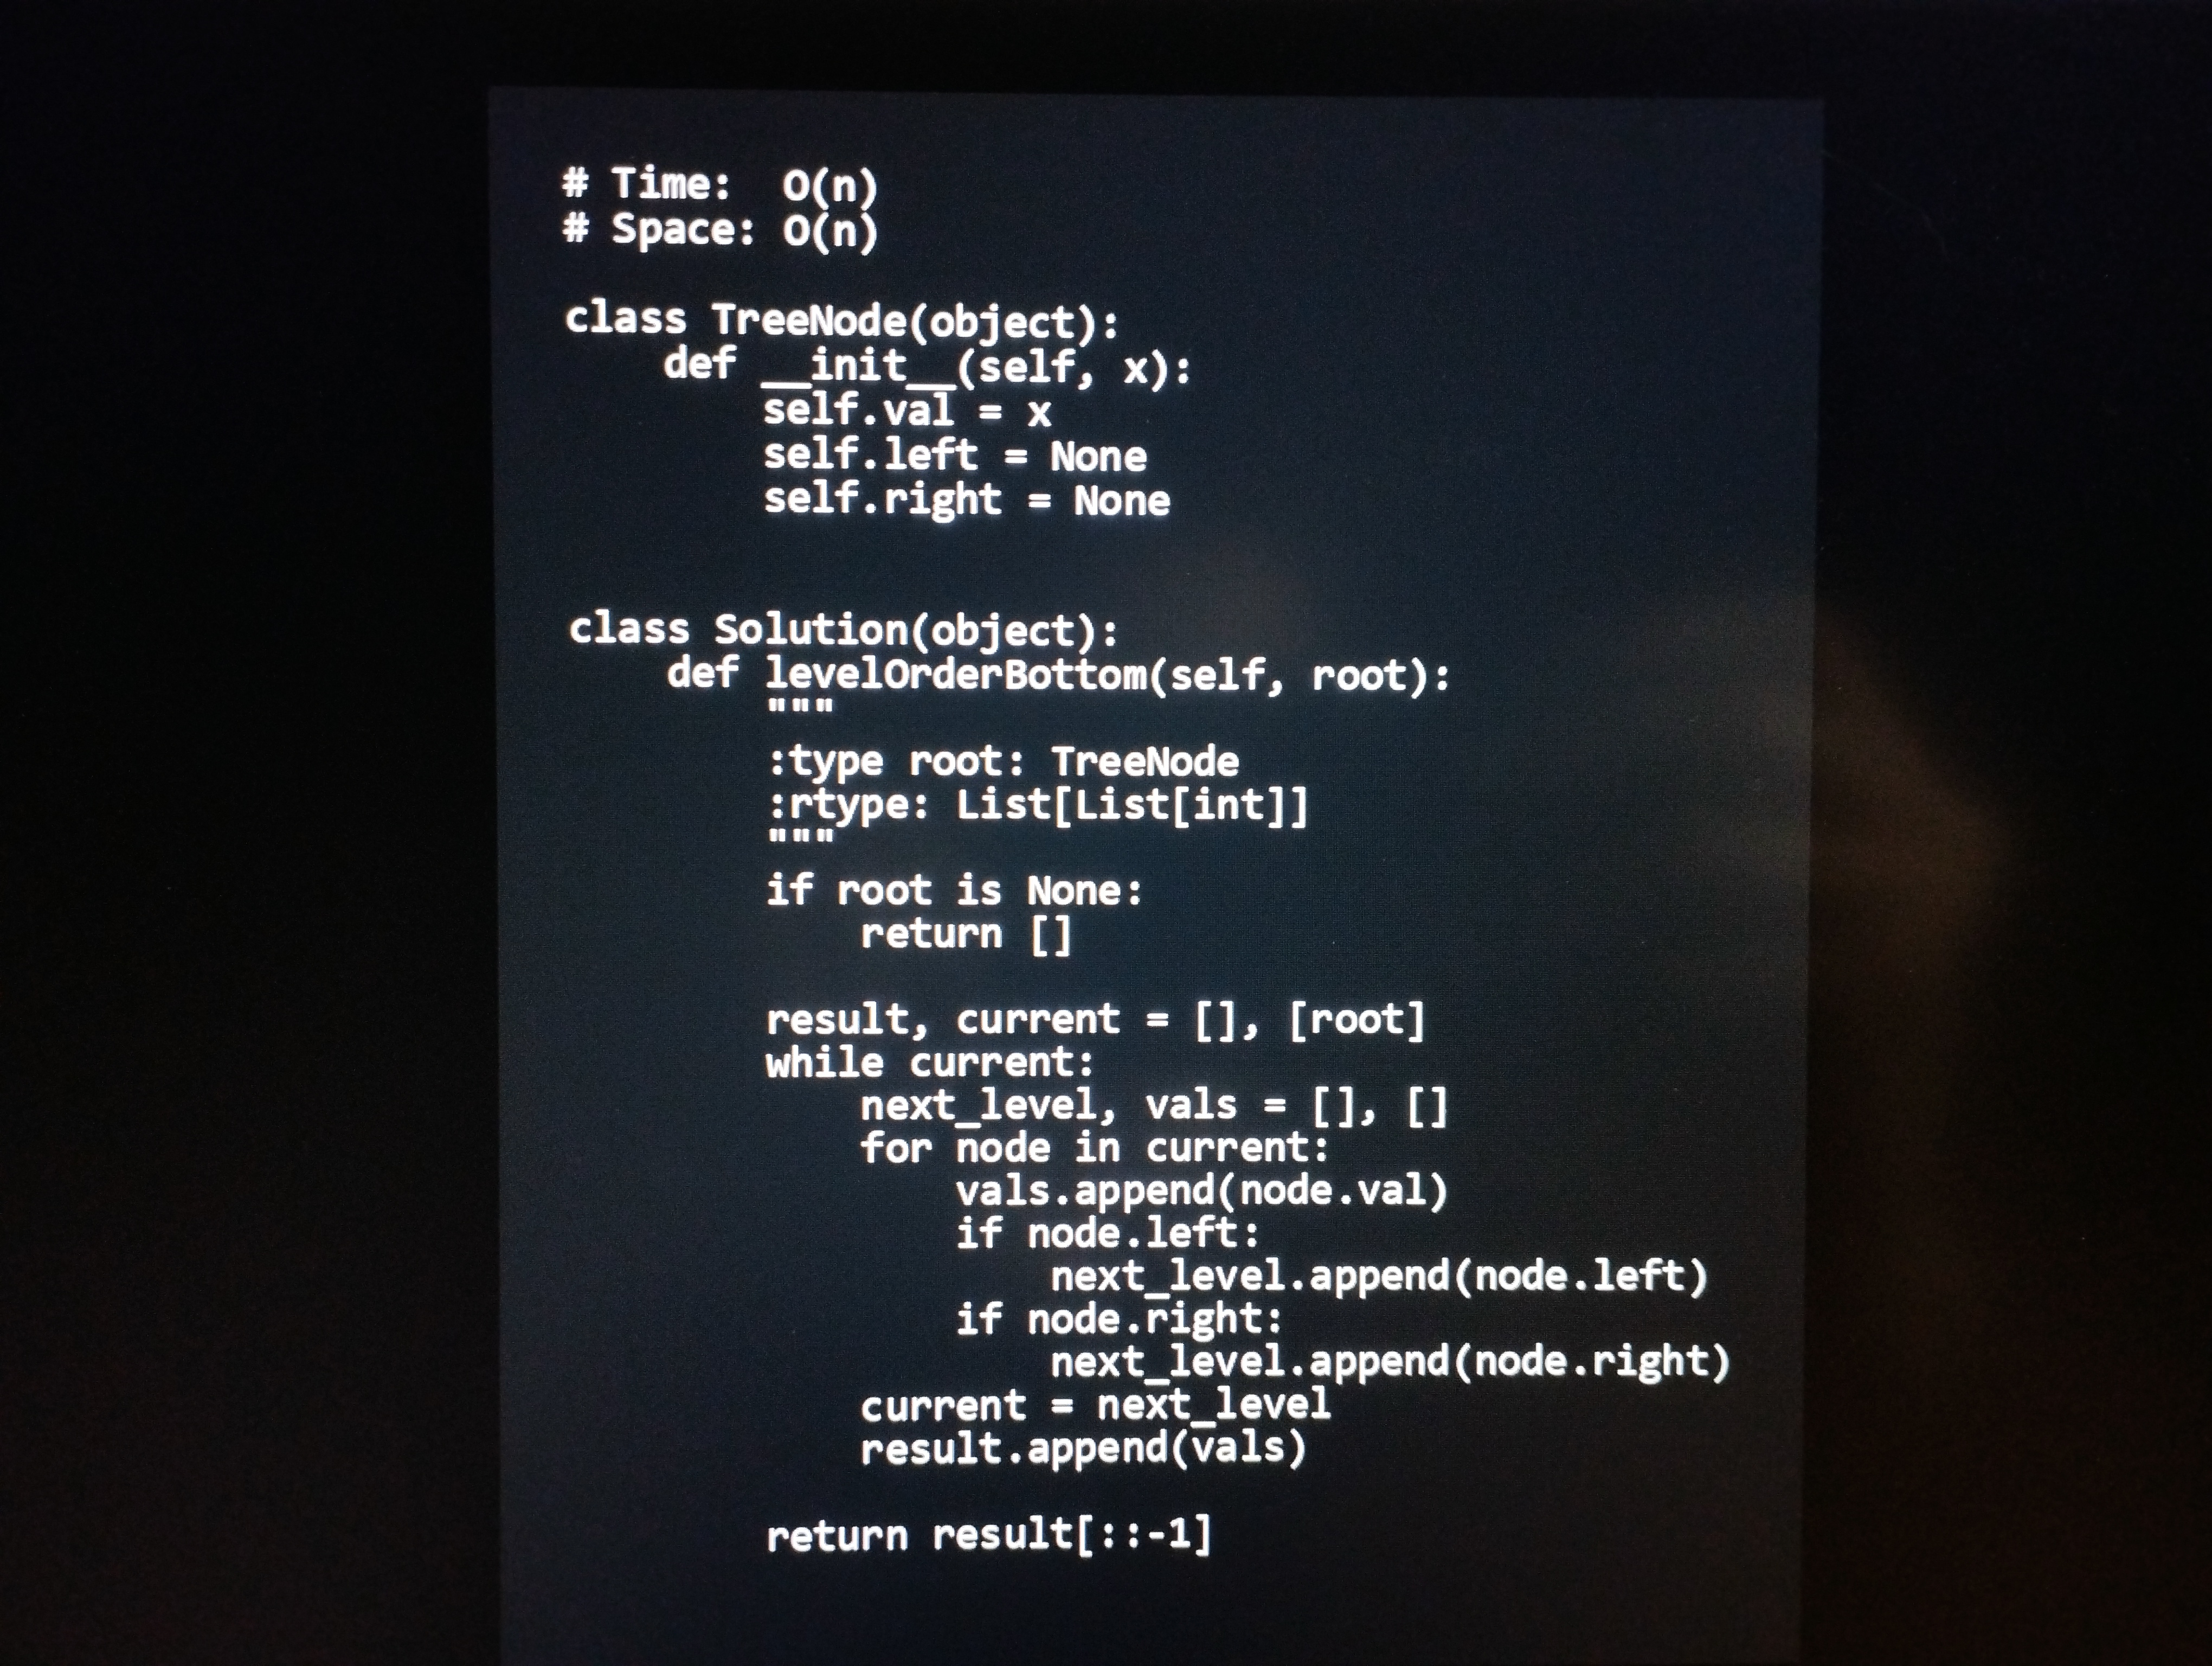
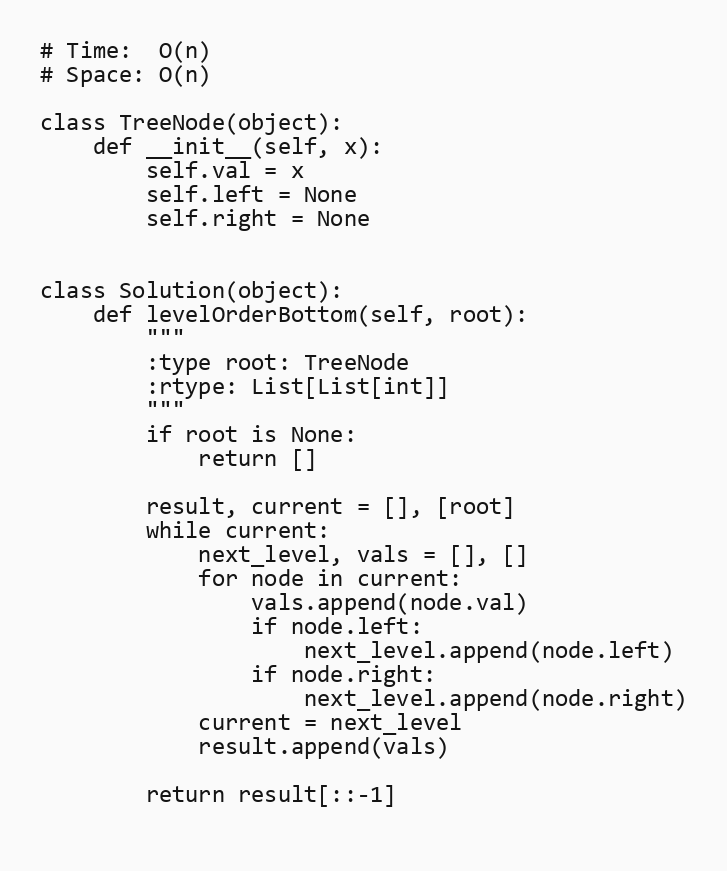
# Time:  O(n)
# Space: O(n)

class TreeNode(object):
    def __init__(self, x):
        self.val = x
        self.left = None
        self.right = None

class Solution(object):
    def levelOrderBottom(self, root):
        """
        :type root: TreeNode
        :rtype: List[List[int]]
        """
        if root is None:
            return []

        result, current = [], [root]
        while current:
            next_level, vals = [], []
            for node in current:
                vals.append(node.val)
                if node.left:
                    next_level.append(node.left)
                if node.right:
                    next_level.append(node.right)
            current = next_level
            result.append(vals)

        return result[::-1]